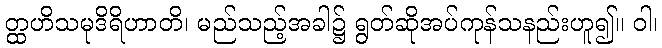
တ္ထဟိသမုဒိရိဟာတိ၊ မည်သည့်အခါ၌ ရွတ်ဆိုအပ်ကုန်သနည်းဟူ၍။ ဝါ၊